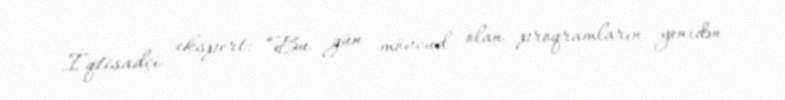
İqtisadçı ekspert: “Bu gün mövcud olan proqramların yenidən